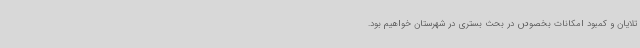
تلایان و کمبود امکانات بخصوص در بحث بستری در شهرستان خواهیم بود.